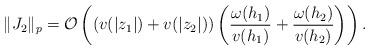
LaTeX: \begin{align*}\Vert J_{2}\Vert _{p}=\mathcal{O}\left( \left( v(|z_{1}|)+v(|z_{2}|)\right)\left( \frac{\omega (h_{1})}{v(h_{1})}+\frac{\omega (h_{2})}{v(h_{2})}\right) \right) . \end{align*}